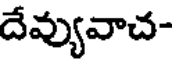
దేవ్యువాచ-